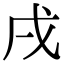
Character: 戌